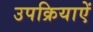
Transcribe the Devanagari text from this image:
उपक्रियाऐं